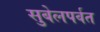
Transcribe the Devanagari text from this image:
सुबेलपर्वत